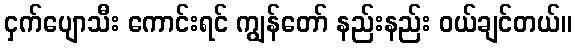
ငှက်ပျောသီး ကောင်းရင် ကျွန်တော် နည်းနည်း ဝယ်ချင်တယ်။